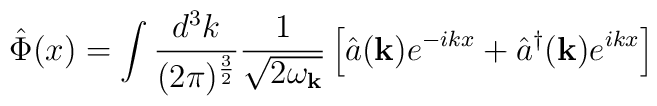
\hat{\Phi}(x)=\int \frac{d^3 k}{(2\pi)^\frac{3}{2}}\frac{1}{\sqrt{2\omega_{\bf k}}}\left[\hat{a}({\bf k})e^{-ikx}+\hat{a}^\dagger({\bf k})e^{ikx} \right]\